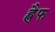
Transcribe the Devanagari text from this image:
ह्नैफ